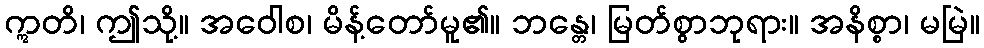
ဣတိ၊ ဤသို့။ အဝေါစ၊ မိန့်တော်မူ၏။ ဘန္တေ၊ မြတ်စွာဘုရား။ အနိစ္စာ၊ မမြဲ။